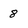
Character: 8